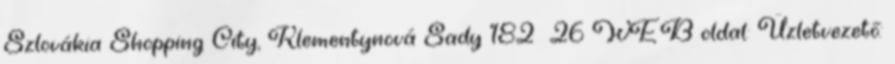
Szlovákia Shopping City, Klementynová Sady 182 26 WEB oldal: Üzletvezető: